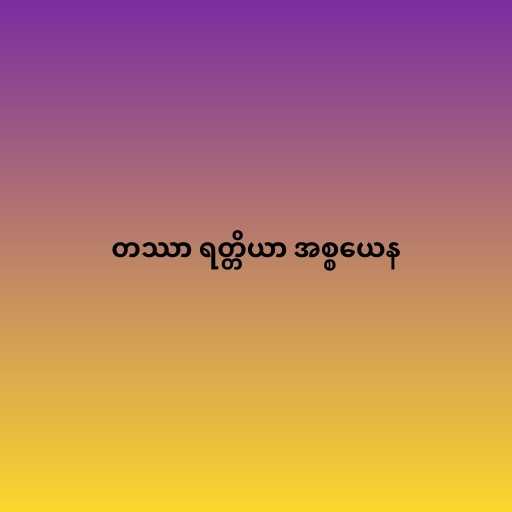
တဿာ ရတ္တိယာ အစ္စယေန